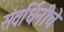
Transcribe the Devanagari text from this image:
संवर्धिनीचे